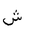
Letter: _shin